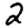
Digit: 2